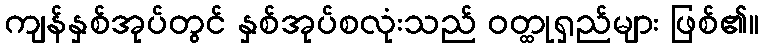
ကျန်နှစ်အုပ်တွင် နှစ်အုပ်စလုံးသည် ဝတ္ထုရှည်များ ဖြစ်၏။